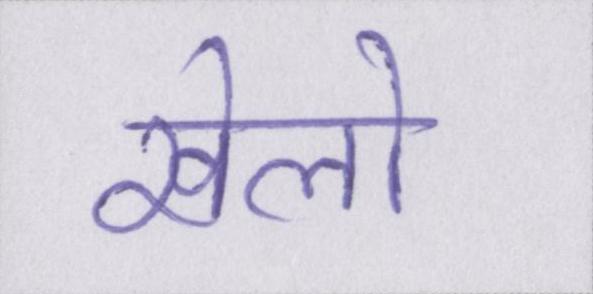
खेलो